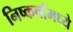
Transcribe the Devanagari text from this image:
निष्कर्षांमध्ये